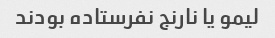
لیمو یا نارنج نفرستاده بودند